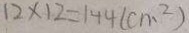
1 2 \times 1 2 = 1 4 4 ( c m ^ { 2 } )